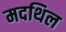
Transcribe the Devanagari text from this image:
मदथिल